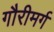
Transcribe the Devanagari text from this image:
गौरीमर्ग